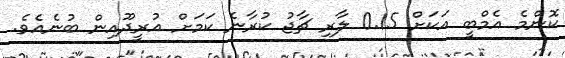
ކޮންމެ އެމްބީ އަކަށް 0.15 ލާރި ޗާޖު ކުރާނެ ކަމަށް އުރީދޫއިން ބުނެއެވެ.